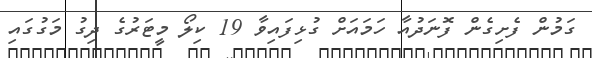
ގަމުން ފެށިގެން ފޮނަދުއާ ހަމައަށް ގުޅިފައިވާ 19 ކިލޯ މީޓަރުގެ ދިގު މަގުގައި